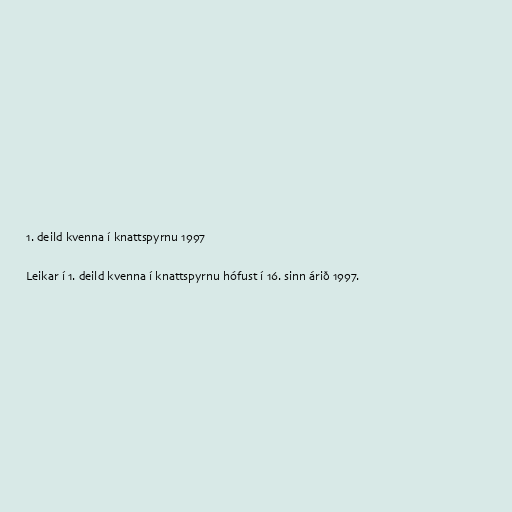
1. deild kvenna í knattspyrnu 1997

Leikar í 1. deild kvenna í knattspyrnu hófust í 16. sinn árið 1997.